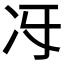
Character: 𠖱